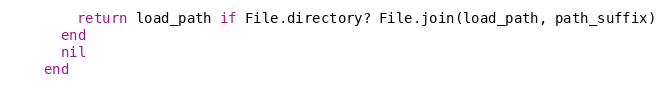
Language: Ruby
        return load_path if File.directory? File.join(load_path, path_suffix)
      end
      nil
    end